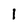
Character: 1